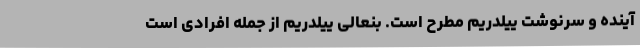
آینده و سرنوشت ییلدریم مطرح است. بنعالی ییلدریم از جمله افرادی است